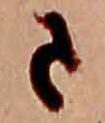
さ